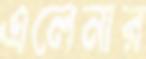
এলেনার